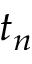
t _ { n }